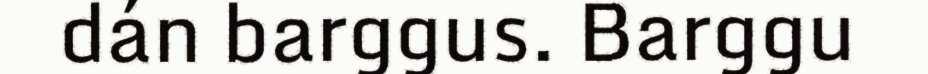
dán barggus. Barggu